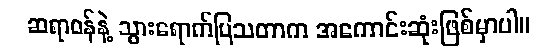
ဆရာဝန်နဲ့ သွားရောက်ပြသတာက အကောင်းဆုံးဖြစ်မှာပါ။